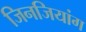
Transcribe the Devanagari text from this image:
जिनजियांग